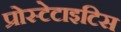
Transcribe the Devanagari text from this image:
प्रोस्टेटाइटिस